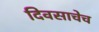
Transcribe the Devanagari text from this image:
दिवसाचेच